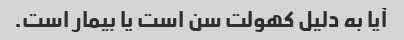
آیا به دلیل کهولت سن است یا بیمار است.